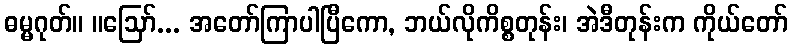
ဓမ္မဂုတ်။ ။ဩော်... အတော်ကြာပါပြီကော, ဘယ်လိုကိစ္စတုန်း၊ အဲဒီတုန်းက ကိုယ်တော်